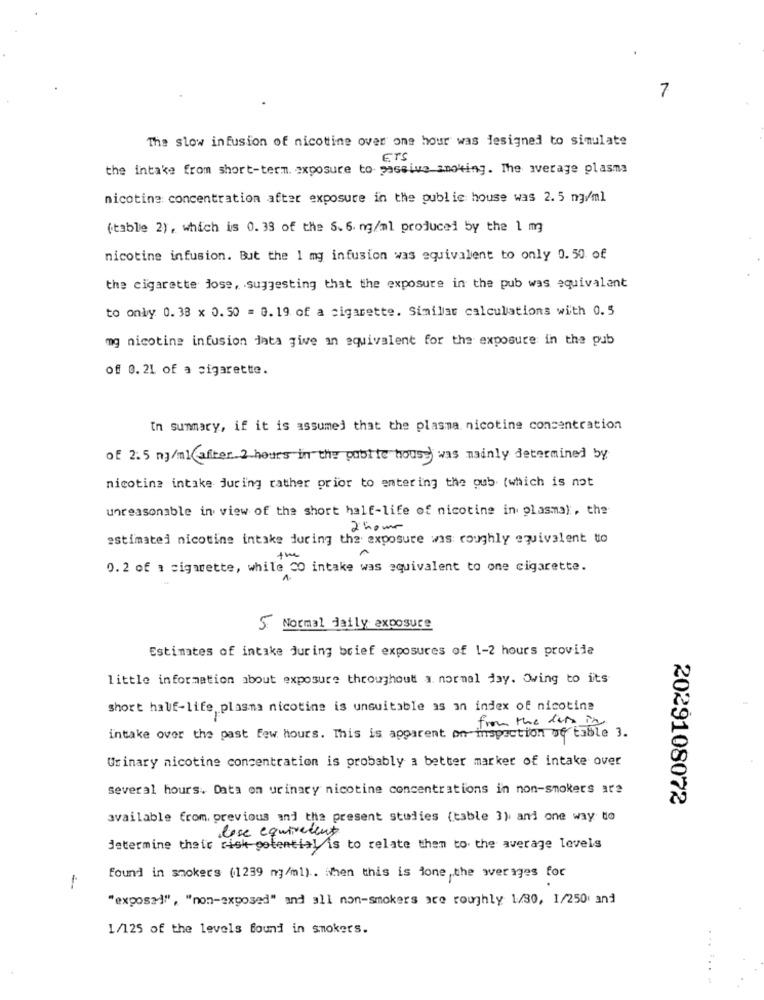
7
The slow infusion of nicotine over one hour was designed to simulate
ETS
the intake from short-term. exposure to- passive smoking. The average plasma
nicotine concentration after exposure in the public house was 2.5 mg/ml
(table 2), which is 0. 33 of the 5. 6. ng/ml produced by the 1 mg
nicotine infusion. But the 1 mg infusion was equivalent to only 0.50 of
the cigarette jose, suggesting that the exposure in the pub was equivalent
to only 0. 38 x 0. 50 = 0. 19 of a cigarette. Similiar calculations with 0.5
mg nicotine infusion data give an equivalent for the exposure in the pub
of 0. 21 of a cigarette.
In summary, if it is assumed that the plasma nicotine consentration
of 2.5 mg/ml after 2 hours in the public house was mainly determined by
nicotine intake during rather prior to entering the pub (which is not
unreasonable in view of the short half-life of nicotine in plasma), the
2 hour
estimated nicotine intake during the exposure wis roughly equivalent to
the
0. 2 of a cigarette, while CO intake was equivalent to one cigarette.
5. Normal daily exposure
Estimates of intake Juring brief exposures of 1-2 hours provide
little information about exposure throughout a normal day. Owing to its
short half-life, plasma nicotine is unsuitable as an index of nicotine
from the dans in
intake over the past few hours. This is apparent on inspection of table 3.
Urinary nicotine concentration is probably a better marker of intake over
several hours. Data on urinary nicotine concentrations in non-smokers are
2029108072
available from previous and the present studies (table 3) and one way to
close equivalent
determine their risk potential is to relate them to the average levels
found in smokers (1239 mg/ml) .. ihen this is ione ,the werages for
"exposed", "non-exposed" and all non-smokers are roughly 1/30, 1/250 and
1/125 of the levels found in smokers.
.......